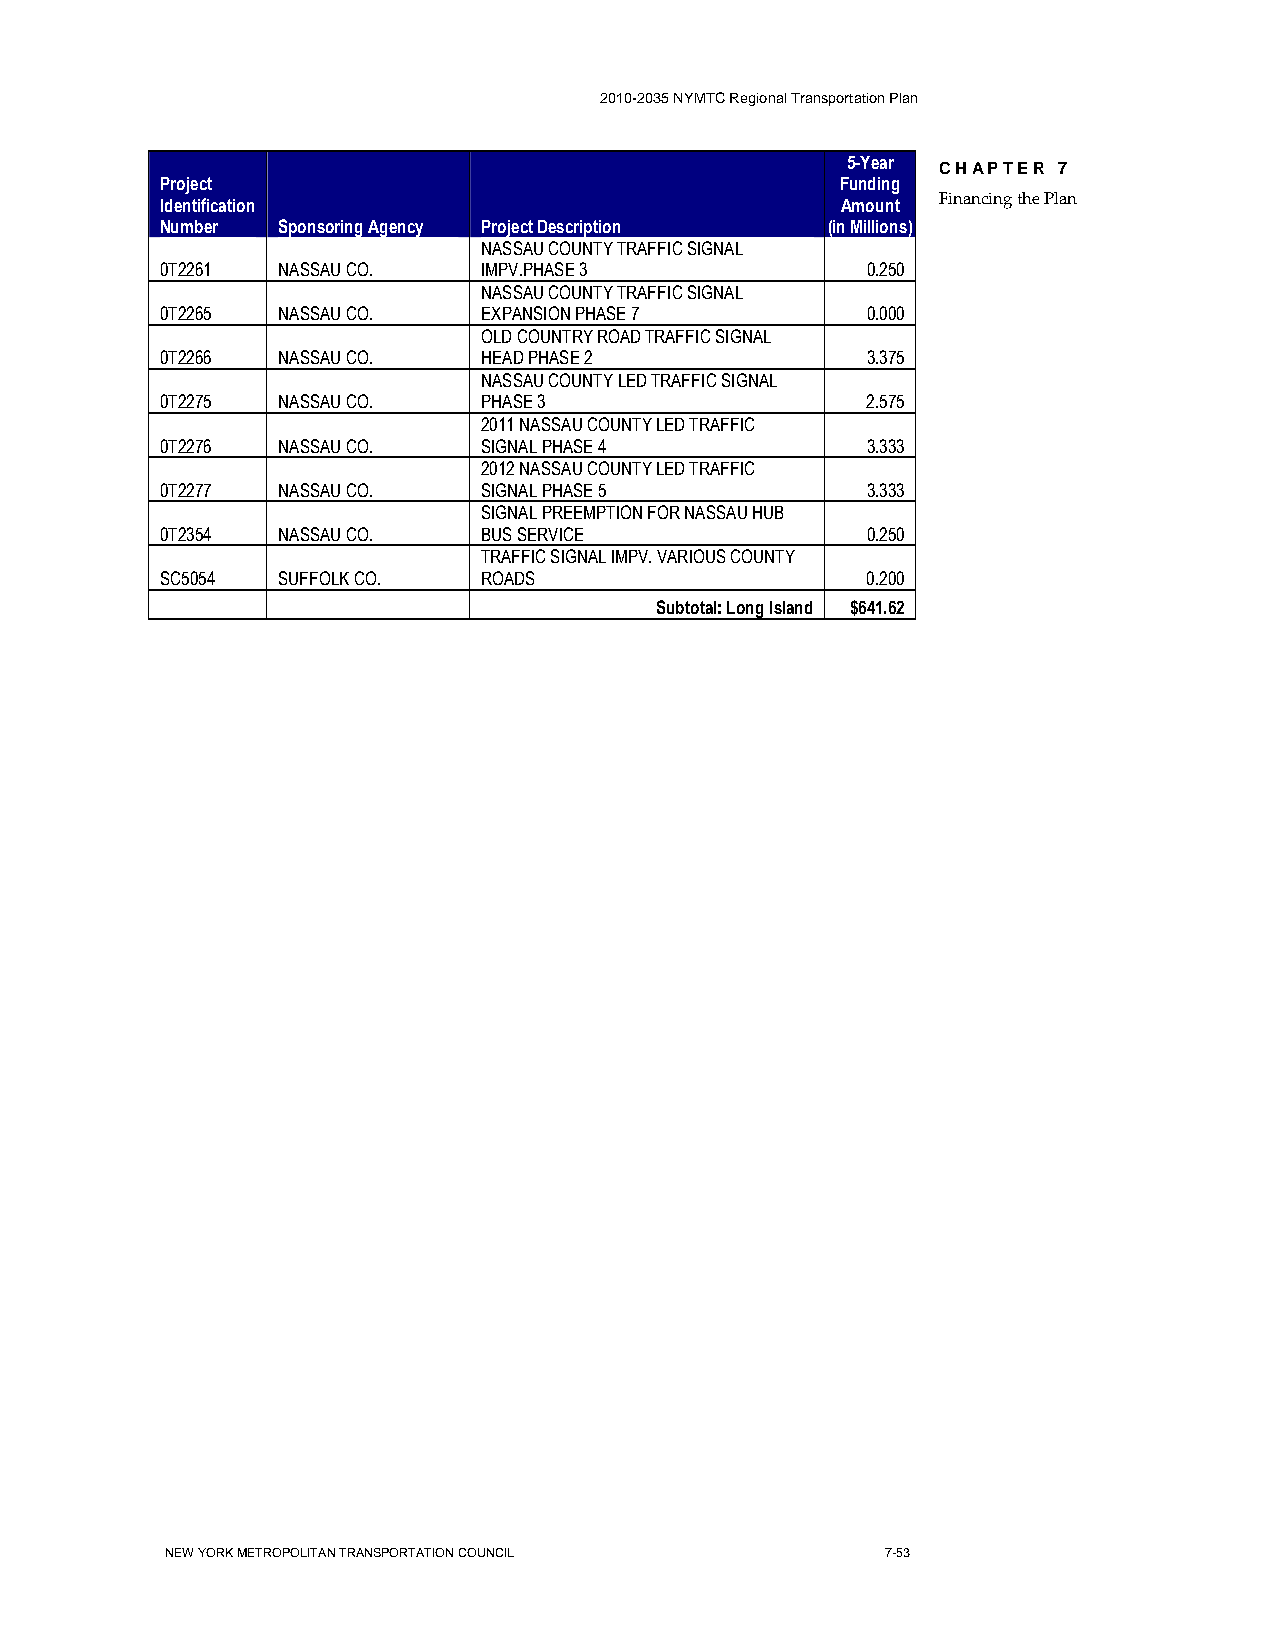
2010-2035 NYMTC Regional Transportation Plan
 5-Year
 CHAPTER 7
 Project                                      Funding
 Identification                               Amount Financing the Plan
 Number Sponsoring Agency Project Description (in Millions)
 NASSAU COUNTY TRAFFIC SIGNAL
 0T2261 NASSAU CO.    IMPV.PHASE 3             0.250
 NASSAU COUNTY TRAFFIC SIGNAL
 0T2265 NASSAU CO.    EXPANSION PHASE 7        0.000
 OLD COUNTRY ROAD TRAFFIC SIGNAL
 0T2266 NASSAU CO.    HEAD PHASE 2             3.375
 NASSAU COUNTY LED TRAFFIC SIGNAL
 0T2275 NASSAU CO.    PHASE 3                  2.575
 2011 NASSAU COUNTY LED TRAFFIC
 0T2276 NASSAU CO.    SIGNAL PHASE 4           3.333
 2012 NASSAU COUNTY LED TRAFFIC
 0T2277 NASSAU CO.    SIGNAL PHASE 5           3.333
 SIGNAL PREEMPTION FOR NASSAU HUB
 0T2354 NASSAU CO.    BUS SERVICE              0.250
 TRAFFIC SIGNAL IMPV. VARIOUS COUNTY
 SC5054 SUFFOLK CO.   ROADS                    0.200
 Subtotal: Long Island $641.62
 NEW YORK METROPOLITAN TRANSPORTATION COUNCIL    7-53